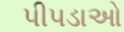
પીપડાઓ